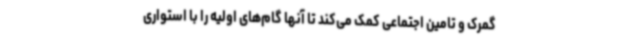
گمرک و تامین اجتماعی کمک می‌کند تا آنها گام‌های اولیه را با استواری